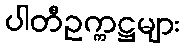
ပါတီဥက္ကဋ္ဌများ